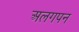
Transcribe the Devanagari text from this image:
अलगपन